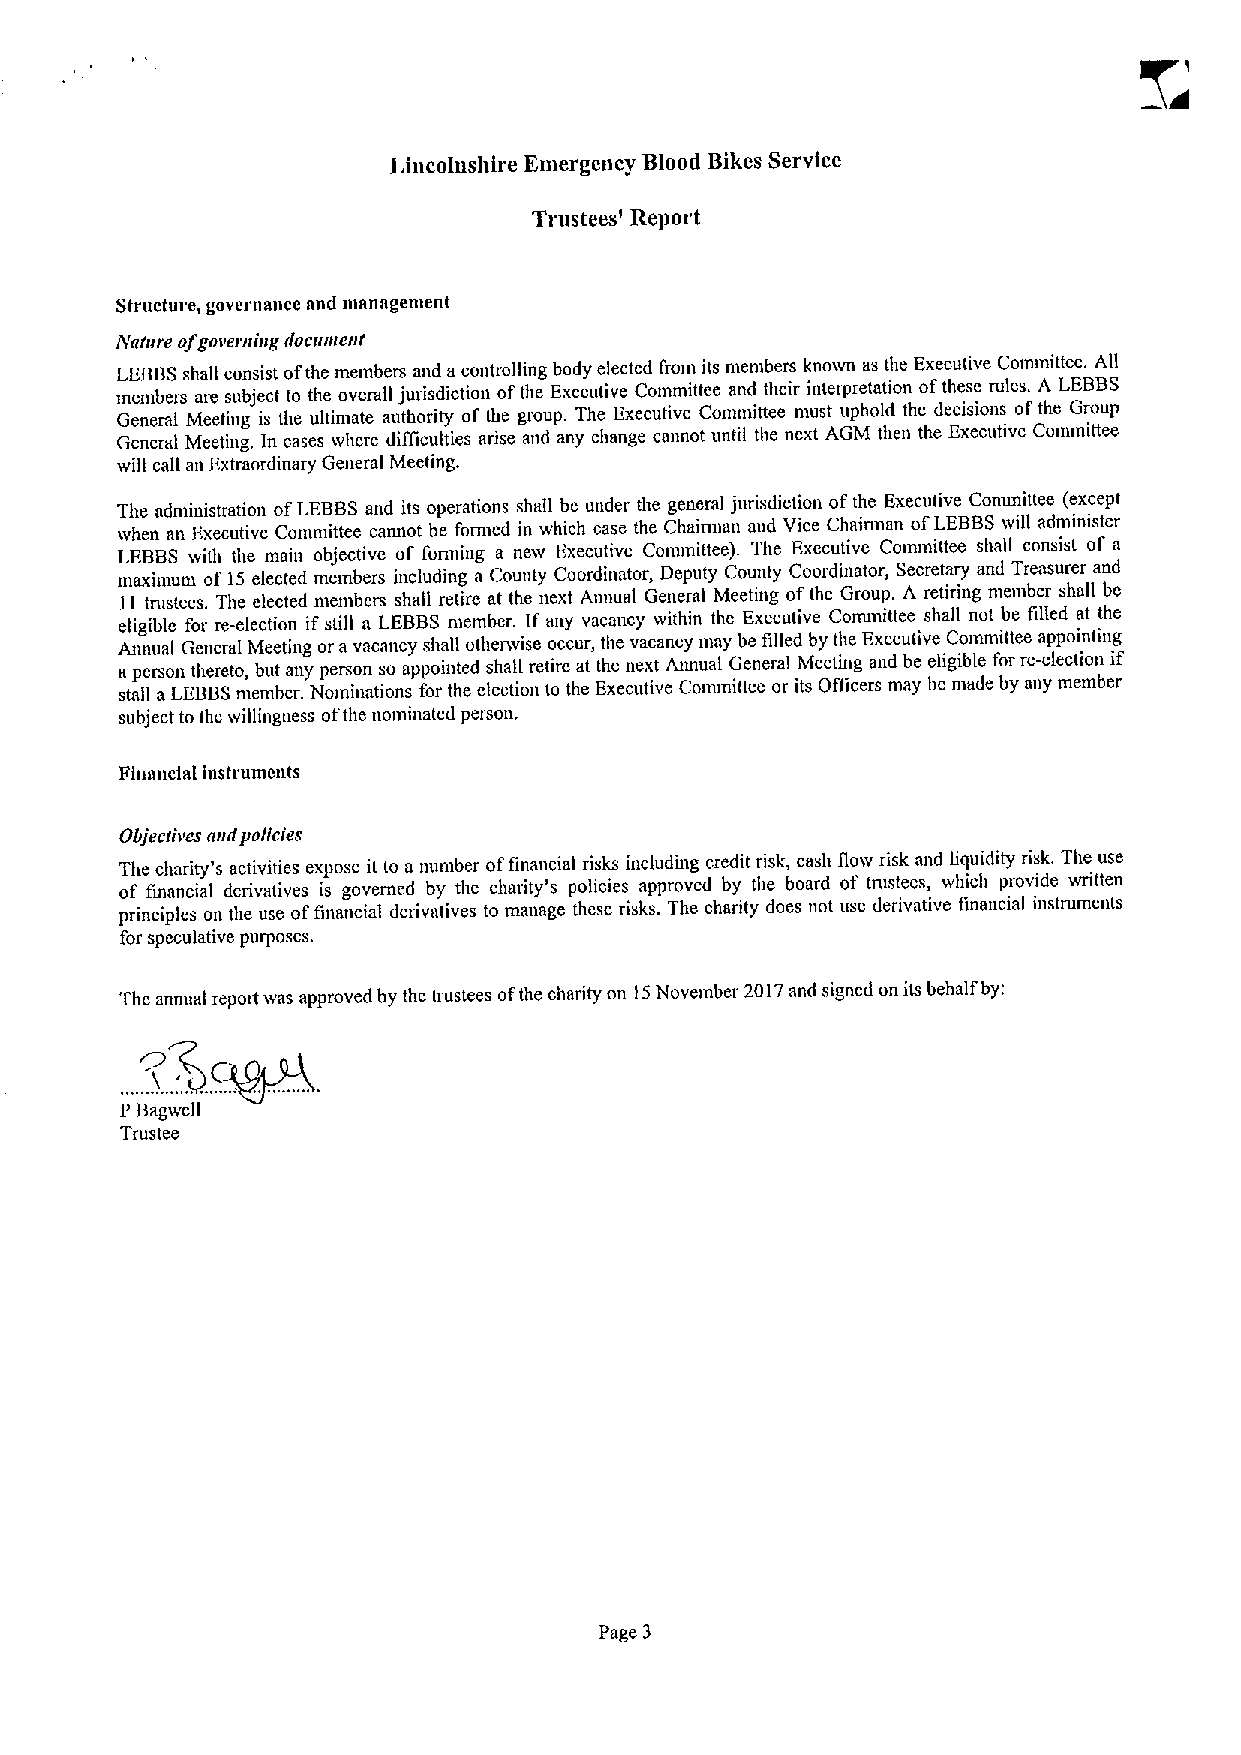
Lincolnshtre Emergency Blood Bikes Service
 Trustees' Report
 Structure, governance and man ngenient
 iVarnre ofgoveriiing docirmenr
 LEBBSshall consist ofthe members and acontrolling body elected from its members known as the Executive Committee. AB
 members are subject to the overafl jurisdiction ofthe Executive Committee and their interpretation ofthese rules. A LEBBS
 General Meeting is the ultimate authority of the group. The Executive Conmiittee must uphold the decisions ofthe Group
 General Meeting. In cases where difficulties arise and any change cannot until the next AGM then the Executive Committee
 will call an Extraordinary General Meeting.
 The administration ofLEBBSand its operations shall be under the general jurisdiction ofthe Executive Conunittee (except
 when an Executive Committee cannot be fomied in which case the Chairman and Vice Chairman ofLEBBSwill administer
 LEBBS with the main objective of forming a new Executive Conunittee). The Executive Committee shall consist of a
 maximum of 15 elected members including a County Coordinator, Deputy County Coordinator, Secretary and Trtnsurer and
 11 tnistees. The elected members shall retire at the next Annual General Meeting ofthe Group. A retiring niember shall be
 eligible for re-election if still a LEBBSniembcr. Ifany vacancy within the Executive Committee shall not be filled at the
 A an pn eu ra sl onG te hn ee rr ea tol ,M be ue tti an ng
 y
 o pr era sov naca sn ocy apps oh ia nl tl edoth se hrw aBise retio rc ecu ar t, thth ee nv ea xc tan Ac ty utum alay Gb ee nef ri all led Mb ey etit nhe
 g
 E ax ne dcu bti eve eligC io bm lem fit ote re re-a ep lep co ti in ot ning if
 stall aLEBBSmember. Nominations for the election to the Executive Committee or its Officers may be made by any member
 subject to the willingness ofthe nominated person,
 Financial instruments
 Objcoriour and policies
 The charity's activities expose it to a number offinancial risks including credit risk, cash flow risk and liquidity risk. The use
 of financial derivatives is governed by the charity's policies approved by the board of tnistees, which provide written
 principles on the use offinancial derivatives to manage these risks. The charity does not use derivative financial instruments
 for speculative purposes.
 The anmml report was approved by the trustees ofthe charity on 15November 2017and signed on its behalf by:
 P Bagwefl
 Trustee
 Page 3